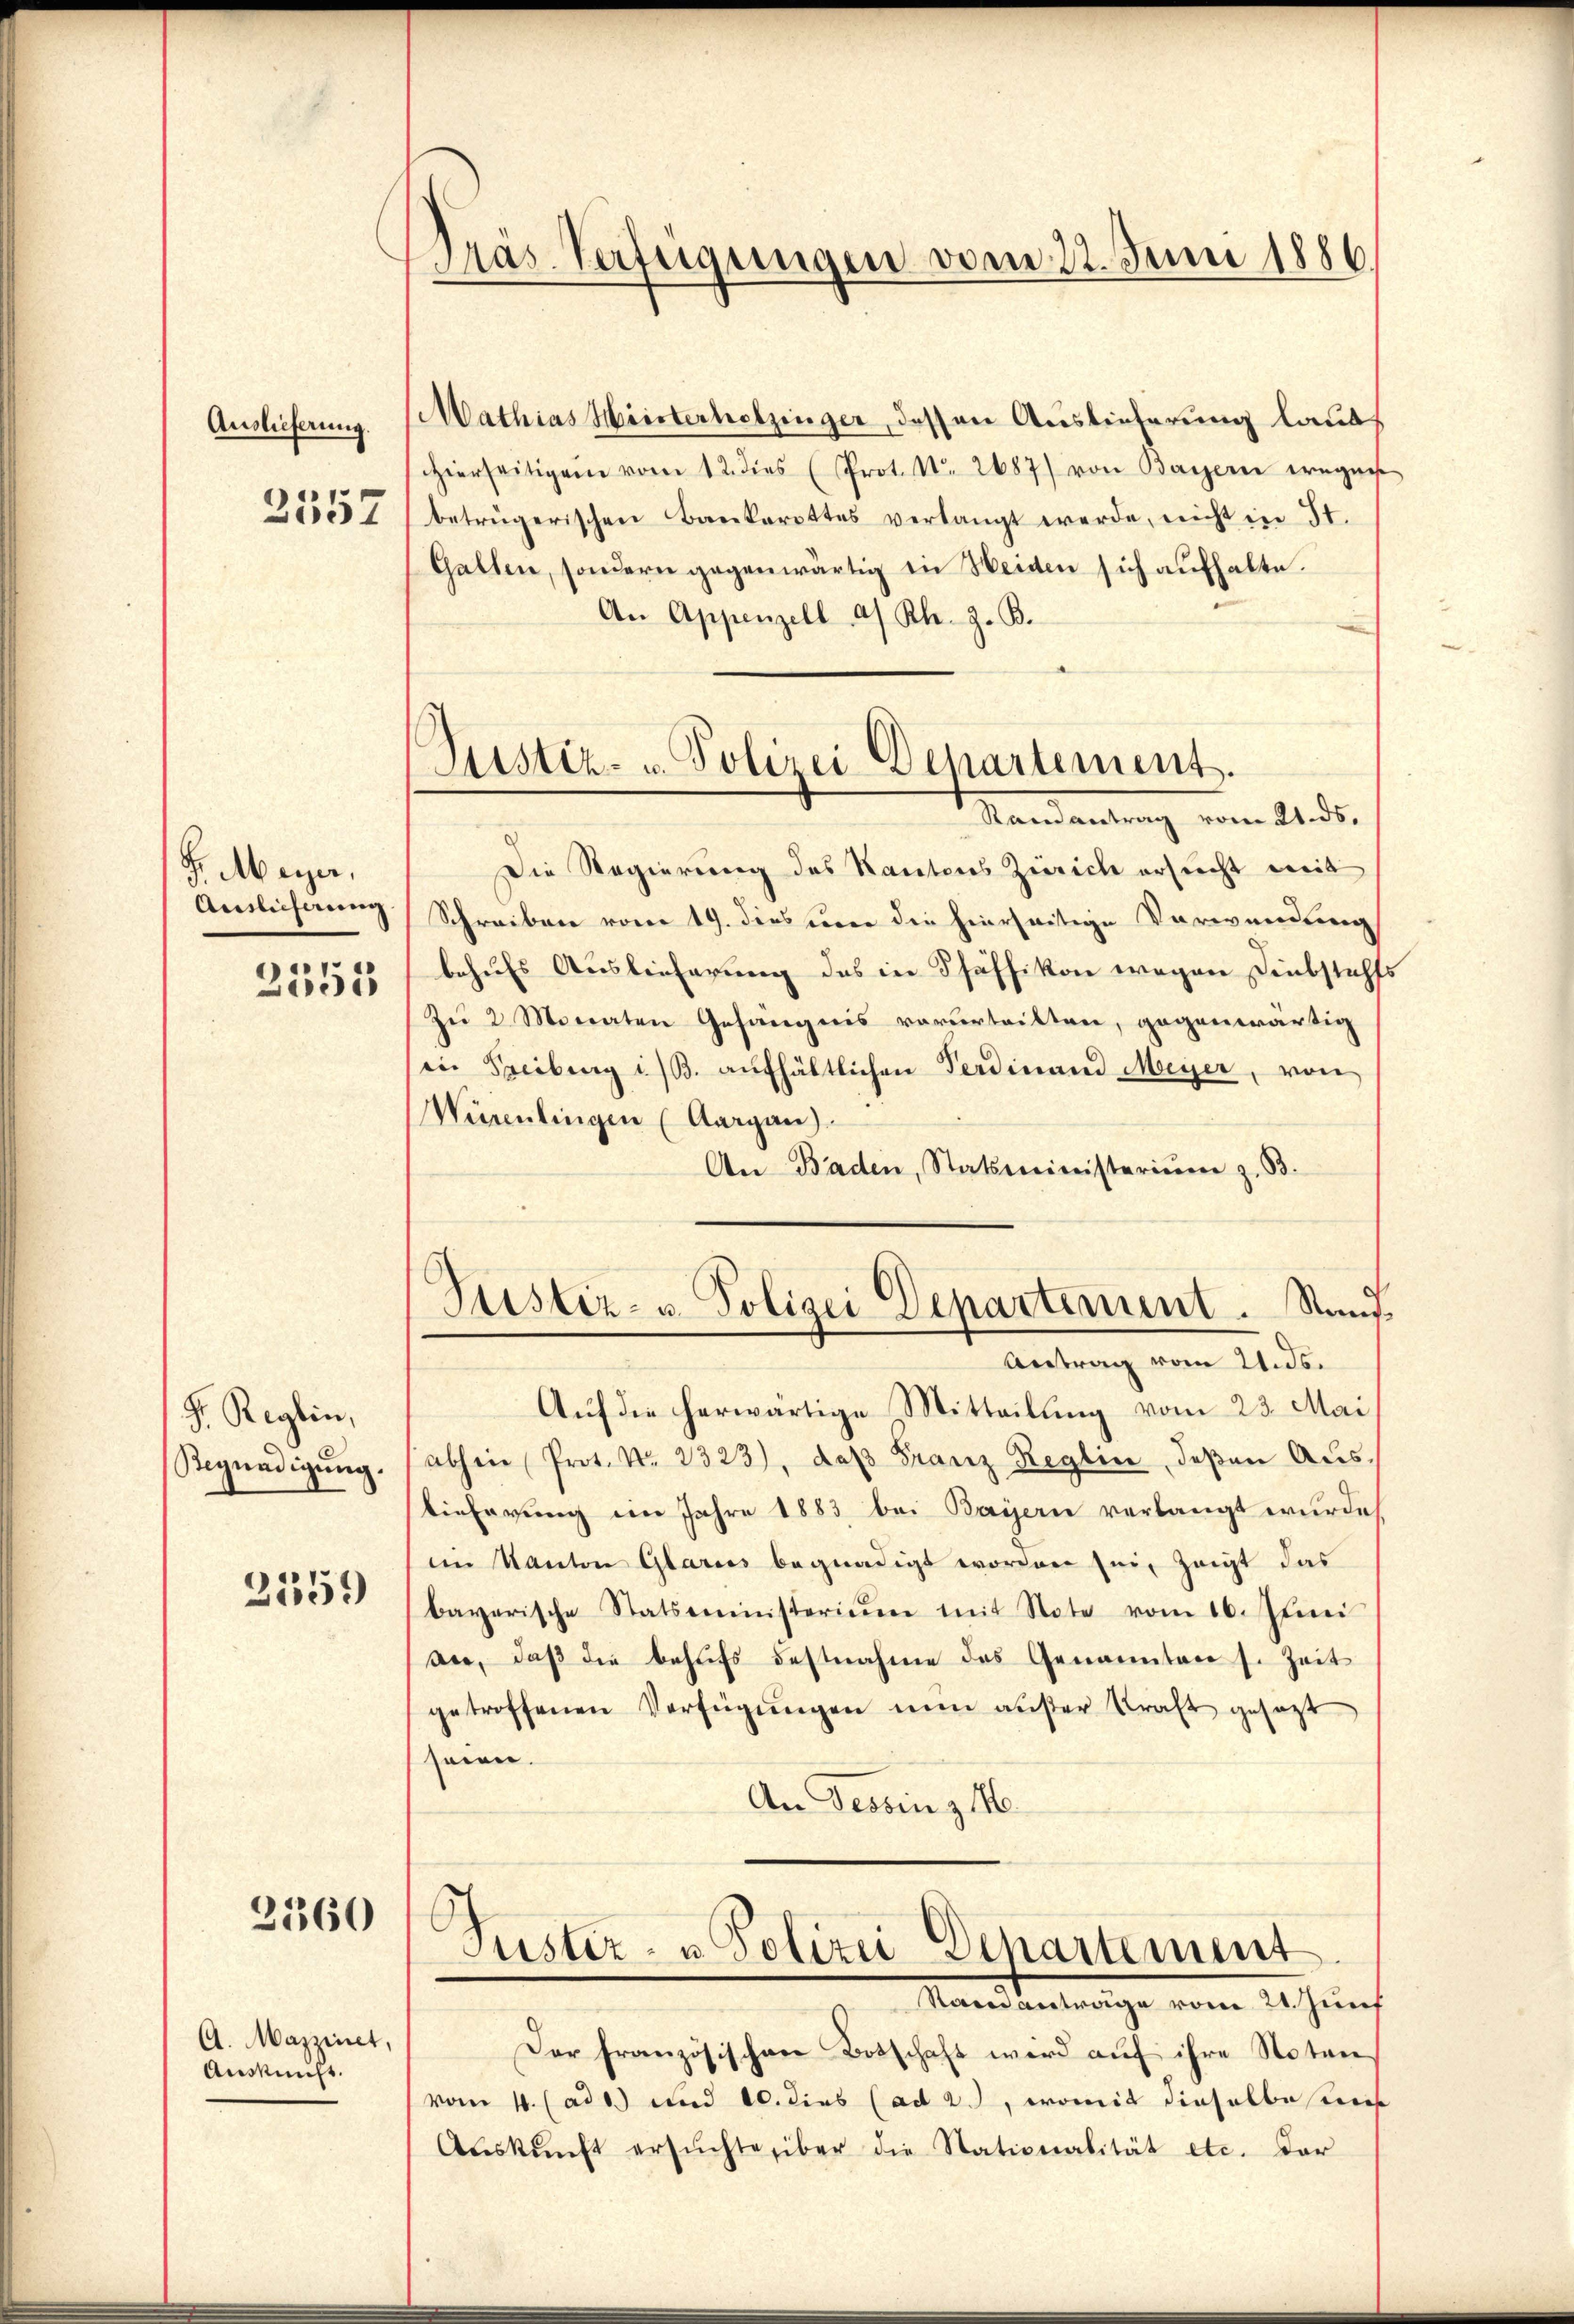
Auslieferung.
2557

F. Meyer,
Auslicherung
2553

F. Reglin,
Begnadigung.

2559

2360

A. Mazzinet,
Auskunft.

Brás Verfügungen vom 22. Juni 1886

Justiz- u. Polizei Departement.

Mathias Weisterhetzinger, dessen Auslieferung laubt
hierseitigen vom 12. dies (Prot. Nr. 2687) von Bayerne wegen
betrügerischen Baukarottes verlangt werde, nicht in St.
Gatten, sondern gegenwärtig in Heiden sich aufhalte.
An Appenzell a/Rh. z. B.
Randantrag vom 21. ds.
Die Regierung des Kantores Zürich ersucht weit
Schreiben vom 19. dies einer die hierseitige Vorwendung
behufs Auslieferung des in Schäffikon wegen Diebstahl
Zu 2 Monaten Gefängnis verurteilten, gegenwärtig
(in Freibung i/B. aŭfhältlichen Verdinand Meyer, von
Wienenlingen (Aargau).
An Baden, Statsministeriŭm z. B.
Justiz- u. Polizei Departement. Stand.
Antrag vom 21. ds.
Aŭf die herwärtige Mitteilung vom 23. Mai
abhin (Prot. Nr. 2323), daβ Franz Reglin, deßen Austieferung im Jahre 1883 bei Bayern verlangt wurde
im Kanton Glarus begnadigt worden sei, zeigt das
bayerische Statsministerium mit Note vom 16. Apri
der, daβ die behufs Bestnahme des Genannten s. Zeit
getroffenen Verfügŭngen nun außer Kraft gesagt
seien.
An Tessin z 46
Suster- u Polizei Departement
Standentrage vom 2. Zunf
Der französischen Botschaft wird auf ihre Noten
vom 4. (ad 1) und 10. dies (ad 2., womit dieselbe dies
Aŭskŭnft ersŭchte, über die Stationalität etc. dar